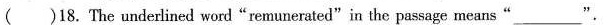
()18. The underlined word"re munerated"in the passage means___